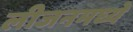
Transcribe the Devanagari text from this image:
लीजनमध्ये